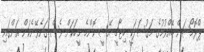
ޕްރޮމޯޝަން ބޭއްވުމުގެ މަގުސަދަކީ ހިޓާޗީ އޭސީ ކޮންމެ މީހަކަށް ވެސް ގަނެވޭނެކަން އަންގައި